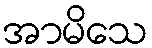
အာမိသေ